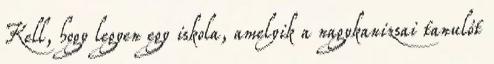
Kell, hogy legyen egy iskola, amelyik a nagykanizsai tanulót